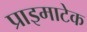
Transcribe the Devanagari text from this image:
प्राइमाटेक